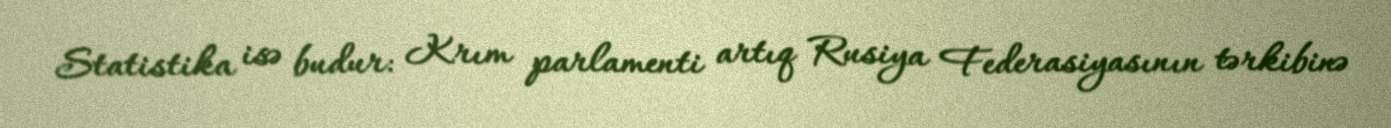
Statistika isə budur: Krım parlamenti artıq Rusiya Federasiyasının tərkibinə